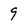
Character: 9